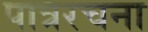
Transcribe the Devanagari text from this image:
पात्ररचना